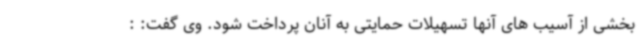
بخشی از آسیب های آنها تسهیلات حمایتی به آنان پرداخت شود. وی گفت: :